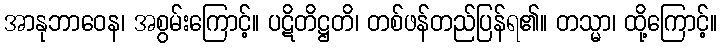
အာနုဘာဝေန၊ အစွမ်းကြောင့်။ ပဋိတိဋ္ဌတိ၊ တစ်ဖန်တည်ပြန်ရ၏။ တသ္မာ၊ ထို့ကြောင့်။